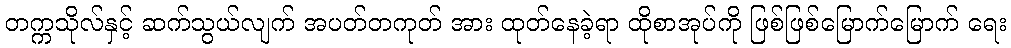
တက္ကသိုလ်နှင့် ဆက်သွယ်လျက် အပတ်တကုတ် အား ထုတ်နေခဲ့ရာ ထိုစာအုပ်ကို ဖြစ်ဖြစ်မြောက်မြောက် ရေး